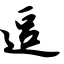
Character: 逗